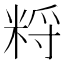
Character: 𥹽